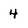
Character: 4